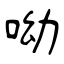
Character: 呦